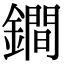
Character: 鐧